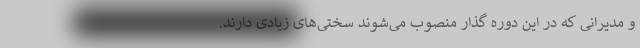
و مدیرانی که در این دوره گذار منصوب می‌شوند سختی‌های زیادی دارند.